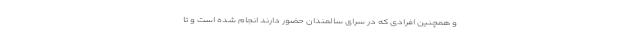
و همچنین افرادی که در سرای سالمندان حضور دارند انجام شده است و تا